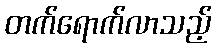
တက်ရောက်လာသည့်